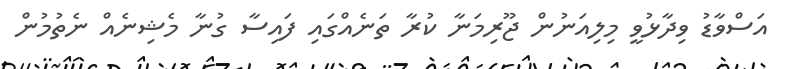
އަސްވާޑު ވިދާޅުވީ މިލިއަނުން ޖޫރިމަނާ ކުރާ ތަނެއްގައި ފައިސާ ގުނާ މެޝިނެއް ނެތުމުން